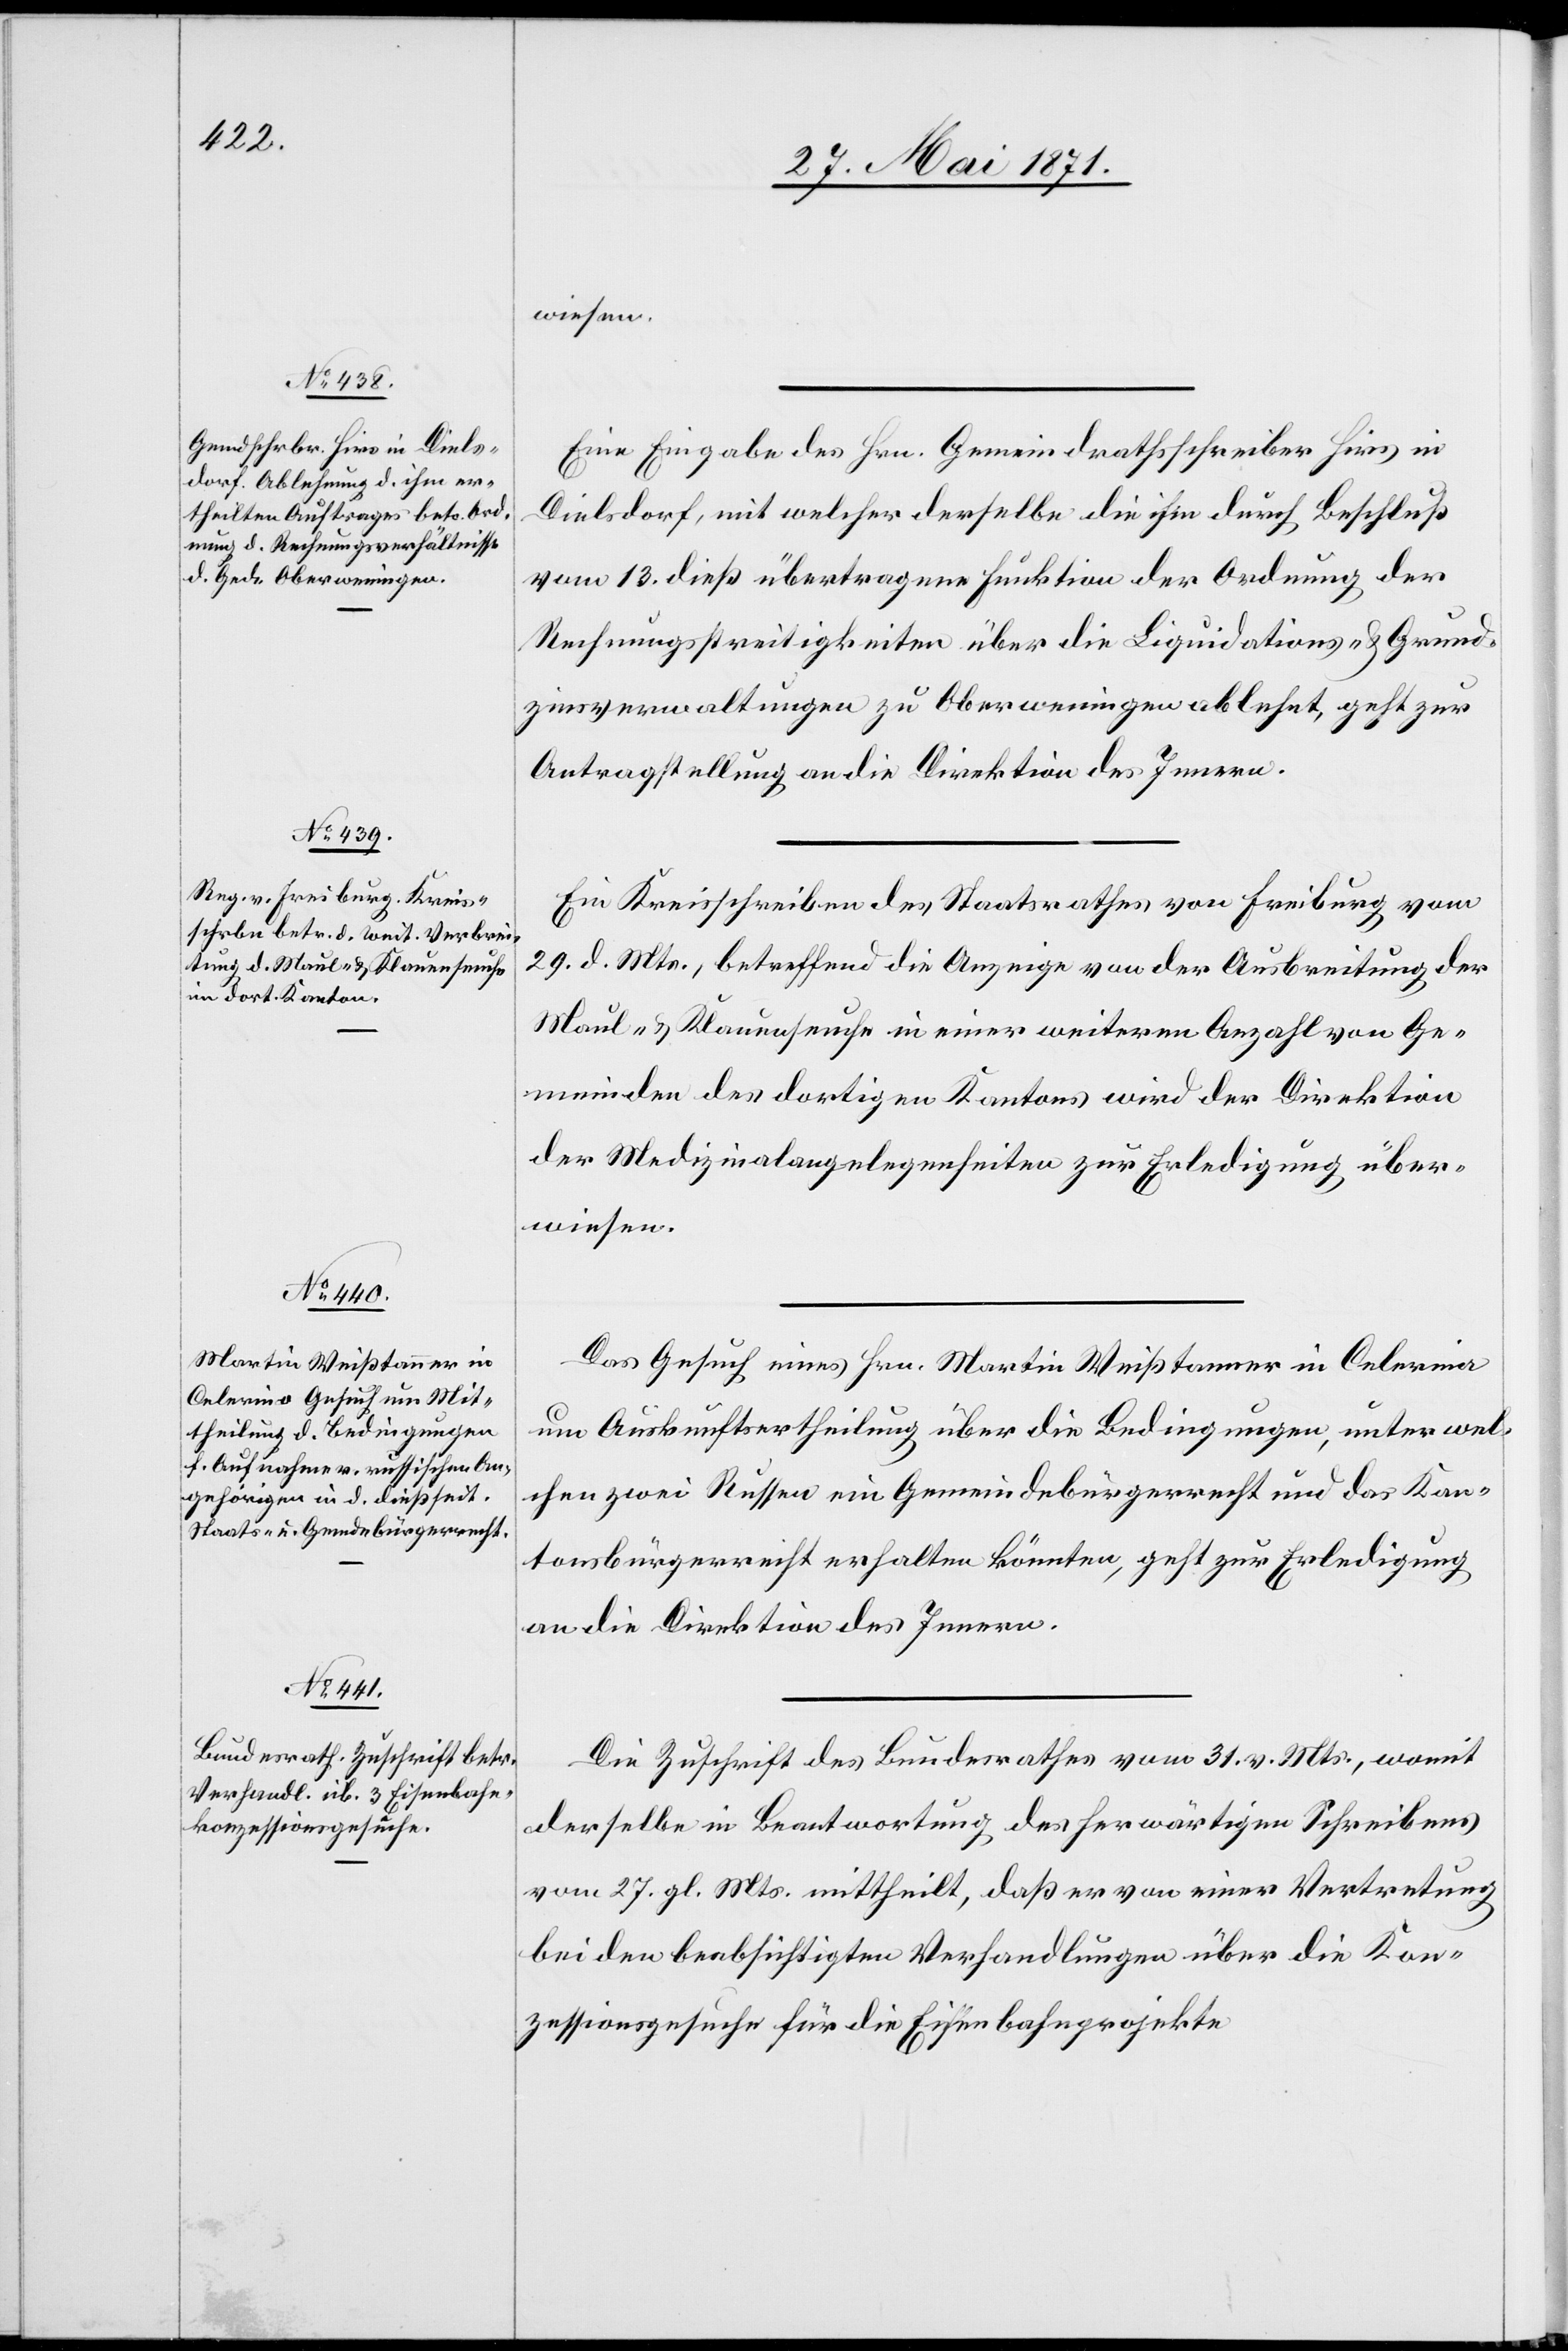
2. Juni 1871.]
Eine Eingabe des Hrn. Gemeindrathsschreiber Hirs in
Dielsdorf, mit welcher derselbe die ihm durch Beschluß
vom 13. dieß übertragene Funktion der Ordnung der
Rechnungsstreitigkeiten über die Liquidations- u. Grund¬
zinsverwaltungen zu Oberweningen ablehnt, geht zur
Antragstellung an die Direktion des Innern.
Ein Kreisschreiben des Staatsrathes von Freiburg vom
29. d. Mts., betreffend die Anzeige von der Ausbreitung der
Maul- u. Klauenseuche in einer weiteren Anzahl von Ge¬
meinden des dortigen Kantons wird der Direktion
der Medizinalangelegenheiten zur Erledigung über¬
wiesen.
Das Gesuch eines Hrn. Martin Weißtanner in Celerina
um Auskunftsertheilung über die Bedingungen, unter wel¬
chen zwei Russen ein Gemeindebürgerrecht und das Kan¬
tonsbürgerrecht erhalten könnten, geht zur Erledigung
an die Direktion des Innern.
Die Zuschrift des Bundesrathes vom 31. v. Mts., womit
derselbe in Beantwortung des herwärtigen Schreibens
vom 27. gl. Mts. mittheilt, daß er von einer Vertretung
bei den beabsichtigten Verhandlungen über die Kon¬
zessionsgesuche für die Eisenbahnprojekte